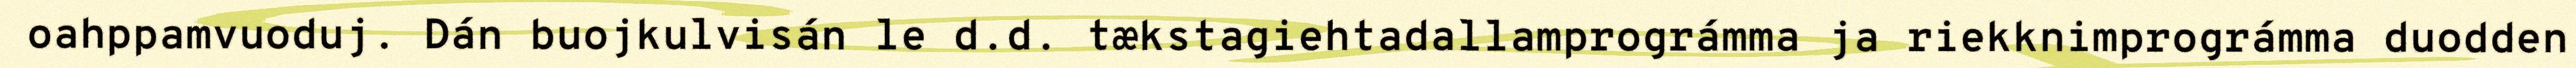
oahppamvuoduj. Dán buojkulvisán le d.d. tækstagiehtadallamprográmma ja riekknimprográmma duodden